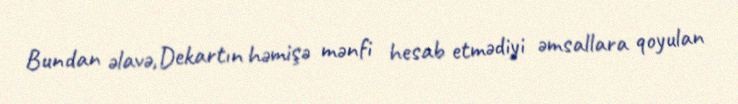
Bundan əlavə,Dekartın həmişə mənfi hesab etmədiyi əmsallara qoyulan